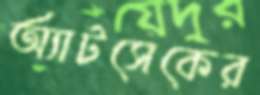
অ্যাটসেকের